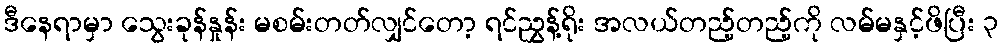
ဒီနေရာမှာ သွေးခုန်နှုန်း မစမ်းတတ်လျှင်တော့ ရင်ညွှန့်ရိုး အလယ်တည့်တည့်ကို လမ်မနှင့်ဖိပြီး ၃